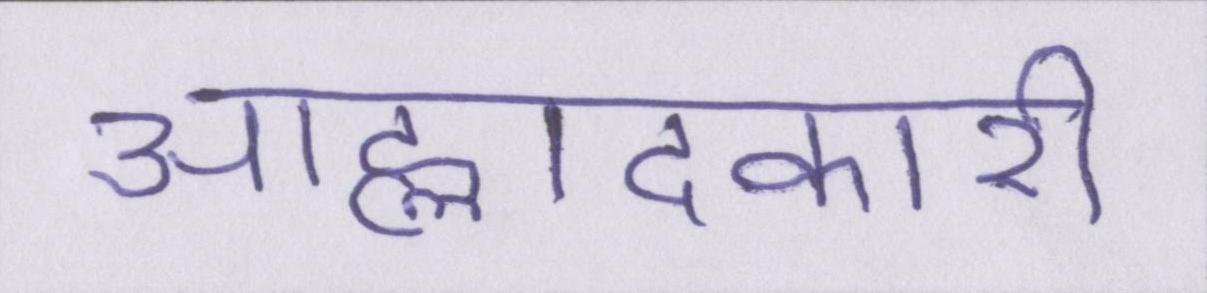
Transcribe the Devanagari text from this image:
आह्लादकारी